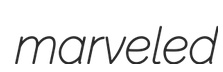
marveled